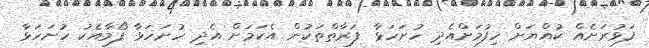
ފަޅުރަށެއް ކުއްޔަށް ހިފުމަށްއެދި ހުށަހަޅާ ފަރާތްތަކުން އެކަމަށް އެދި ހުށަހަޅާ ފޯމާއެކު ހުށަހަޅާ